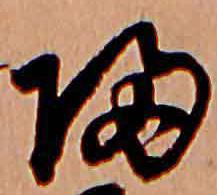
帰